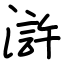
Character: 滸